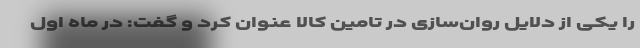
را یکی از دلایل روان‌سازی در تامین کالا عنوان کرد و گفت: در ماه اول